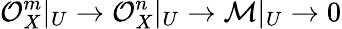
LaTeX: {\mathcal{O}}_{X}^{m}|_{U}\to{\mathcal{O}}_{X}^{n}|_{U}\to{\mathcal{M}}|_{U}\to 0